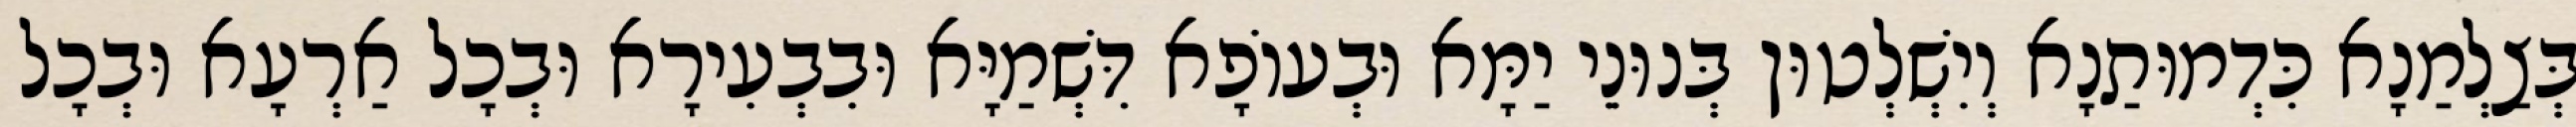
בְּצַלְמַנָא כִּדְמוּתַנָא וְיִשְׁלְטוּן בְּנוּנֵי יַמָּא וּבְעוֹפָא דִּשְׁמַיָּא וּבִבְעִירָא וּבְכָל אַרְעָא וּבְכָל